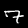
Digit: 7